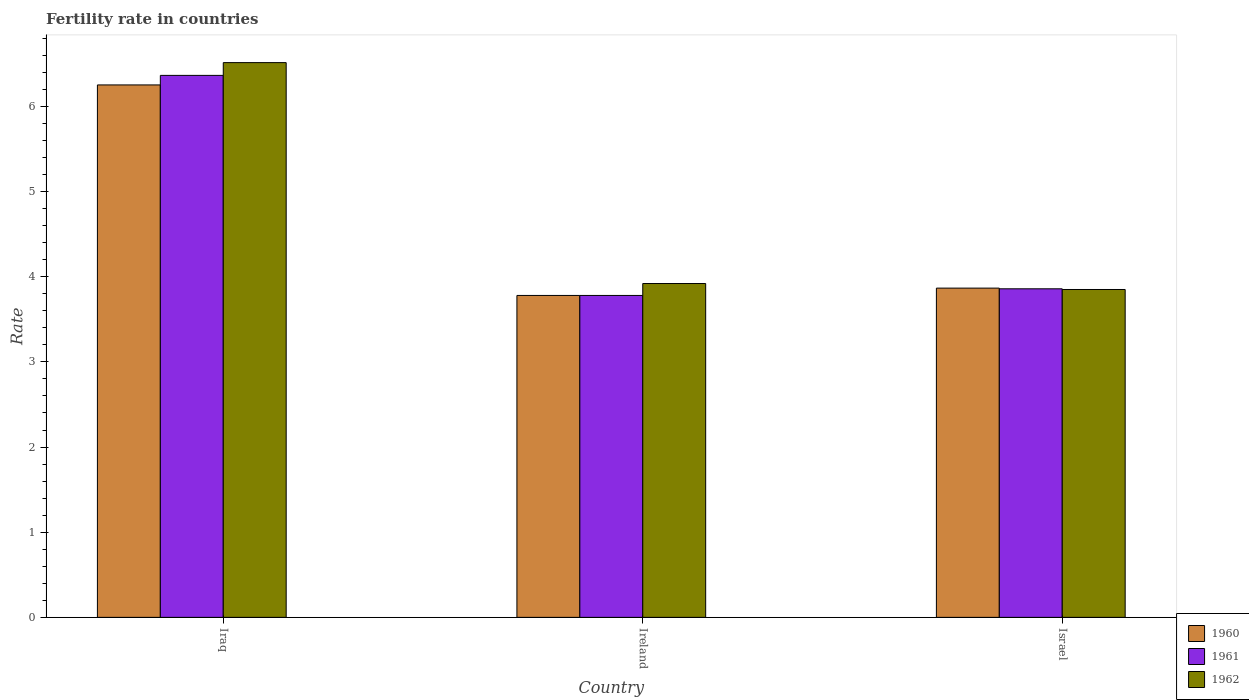
| Country | 1960 | 1961 | 1962 |
 | --- | --- | --- | --- |
 | Iraq | 6.25 | 6.36 | 6.51 |
 | Ireland | 3.78 | 3.78 | 3.92 |
 | Israel | 3.87 | 3.86 | 3.85 |